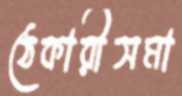
ঠেকারীসমা